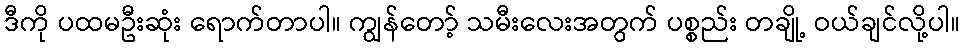
ဒီကို ပထမဦးဆုံး ရောက်တာပါ။ ကျွန်တော့် သမီးလေးအတွက် ပစ္စည်း တချို့ ဝယ်ချင်လို့ပါ။